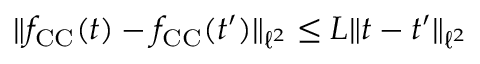
\Vert f _ { \mathrm { C C } } ( t ) - f _ { \mathrm { C C } } ( t ^ { \prime } ) \Vert _ { \ell ^ { 2 } } \leq L \Vert t - t ^ { \prime } \Vert _ { \ell ^ { 2 } }